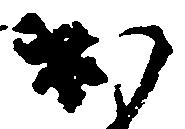
出